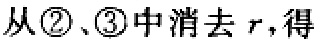
从\textcircled{2}、\textcircled{3}中消去\(r\)，得